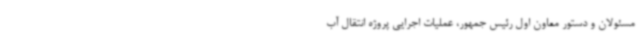
مسئولان و دستور معاون اول رئیس جمهور، عملیات اجرایی پروژه انتقال آب